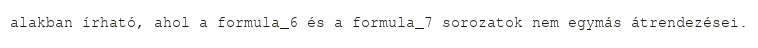
alakban írható, ahol a formula_6 és a formula_7 sorozatok nem egymás átrendezései.